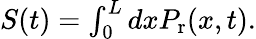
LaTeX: \begin{array}{r}{S(t)=\int_{0}^{L}dxP_{\mathrm{r}}(x,t).}\end{array}